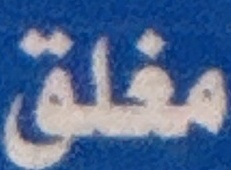
مغلق